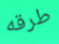
طرقه